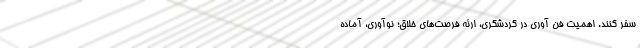
سفر کنند. اهمیت فن آوری‌ در گردشگری، ارئه فرصت‌های خلاق؛ نوآوری، آماده